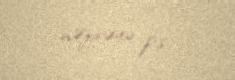
nəzirəyə p.s.